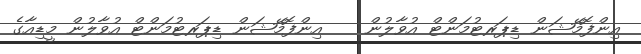
އިންފޮމޭޝަން ޑިޕަރޓުމަންޓް އުވާލުން    އިންފޮމޭޝަން ޑިޕަރޓުމަންޓް އުވާލުން މީޑިއާގެ